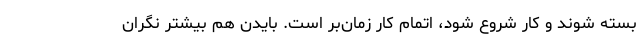
بسته شوند و کار شروع شود، اتمام کار زمان‌بر است. بایدن هم بیشتر نگران